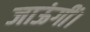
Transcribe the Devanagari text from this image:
जाऊंगीं।